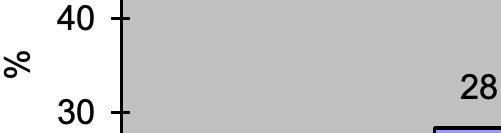
40 % 28 30